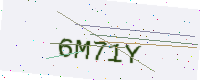
Text: 6M71Y